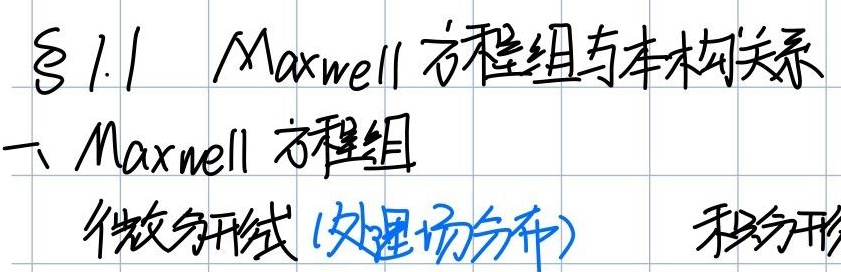
§1.1  Maxwell 方程组与本构关系
一、Maxwell 方程组
微分形式(处理场分布)
积分形